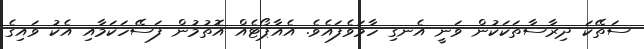
ސަތޭކަ ދިރާސާތަކަކުން ވަނީ އެނގި ހާމަވެފައެވެ. އެއާޕޯޓެއް އޮތުމުން ފަސޭހަކަމާއި އެކު ވައިގެ